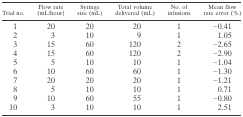
<table><thead><tr><td><b>Trial no.</b></td><td><b>Flow rate (mL/hour)</b></td><td><b>Syringe size (mL)</b></td><td><b>Total volume delivered (mL)</b></td><td><b>No. of infusions</b></td><td><b>Mean flow rate error (%)</b></td></tr></thead><tbody><tr><td>1</td><td>20</td><td>20</td><td>20</td><td>1</td><td>−0.41</td></tr><tr><td>2</td><td>3</td><td>10</td><td>9</td><td>1</td><td>1.05</td></tr><tr><td>3</td><td>15</td><td>60</td><td>120</td><td>2</td><td>−2.65</td></tr><tr><td>4</td><td>15</td><td>60</td><td>120</td><td>2</td><td>−2.90</td></tr><tr><td>5</td><td>5</td><td>10</td><td>10</td><td>1</td><td>−1.04</td></tr><tr><td>6</td><td>10</td><td>60</td><td>60</td><td>1</td><td>−1.30</td></tr><tr><td>7</td><td>20</td><td>20</td><td>20</td><td>1</td><td>−1.21</td></tr><tr><td>8</td><td>5</td><td>10</td><td>10</td><td>1</td><td>0.71</td></tr><tr><td>9</td><td>10</td><td>60</td><td>55</td><td>1</td><td>−0.80</td></tr><tr><td>10</td><td>3</td><td>10</td><td>10</td><td>1</td><td>2.51</td></tr></tbody></table>